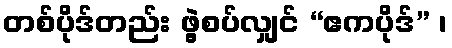
တစ်ပိုဒ်တည်း ဖွဲ့စပ်လျှင် “ဧကပိုဒ်” ၊